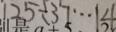
1 2 5 \div 3 7 \cdots 1 4